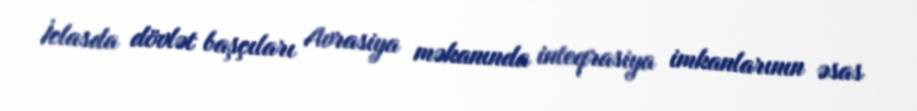
İclasda dövlət başçıları Avrasiya məkanında inteqrasiya imkanlarının əsas